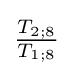
{\tfrac {T_{2;8}}{T_{1;8}}}